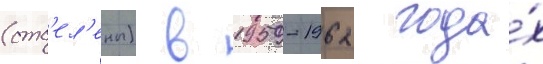
(отс'ел'ены) в 1959-1962 года́х